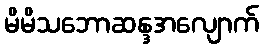
မိမိသဘောဆန္ဒအလျောက်